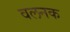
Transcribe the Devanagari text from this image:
वलनक